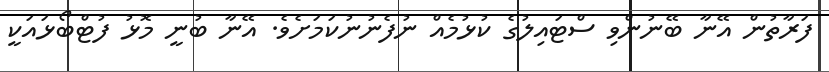
ފަރާތުން އޭނާ ބޭނުންވި ސްޓައިލުގެ ކުޅުމެއް ނުފެނުނުކަމަށެވެ. އޭނާ ބުނީ މޮޅު ފުޓްބޯޅައަކީ